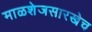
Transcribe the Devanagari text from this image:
माळशेजसारखेच